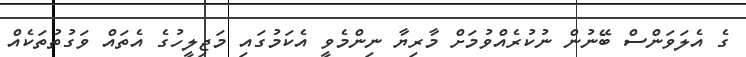
ގެ އެލަވަންސް ބޭނުން ނުކުރެއްވުމަށް މާރިޔާ ނިންމެވީ އެކަމުގައި މަޖިލީހުގެ އެތައް ވަގުތުތަކެއް